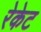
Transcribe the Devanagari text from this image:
रेकेट